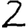
Digit: 2